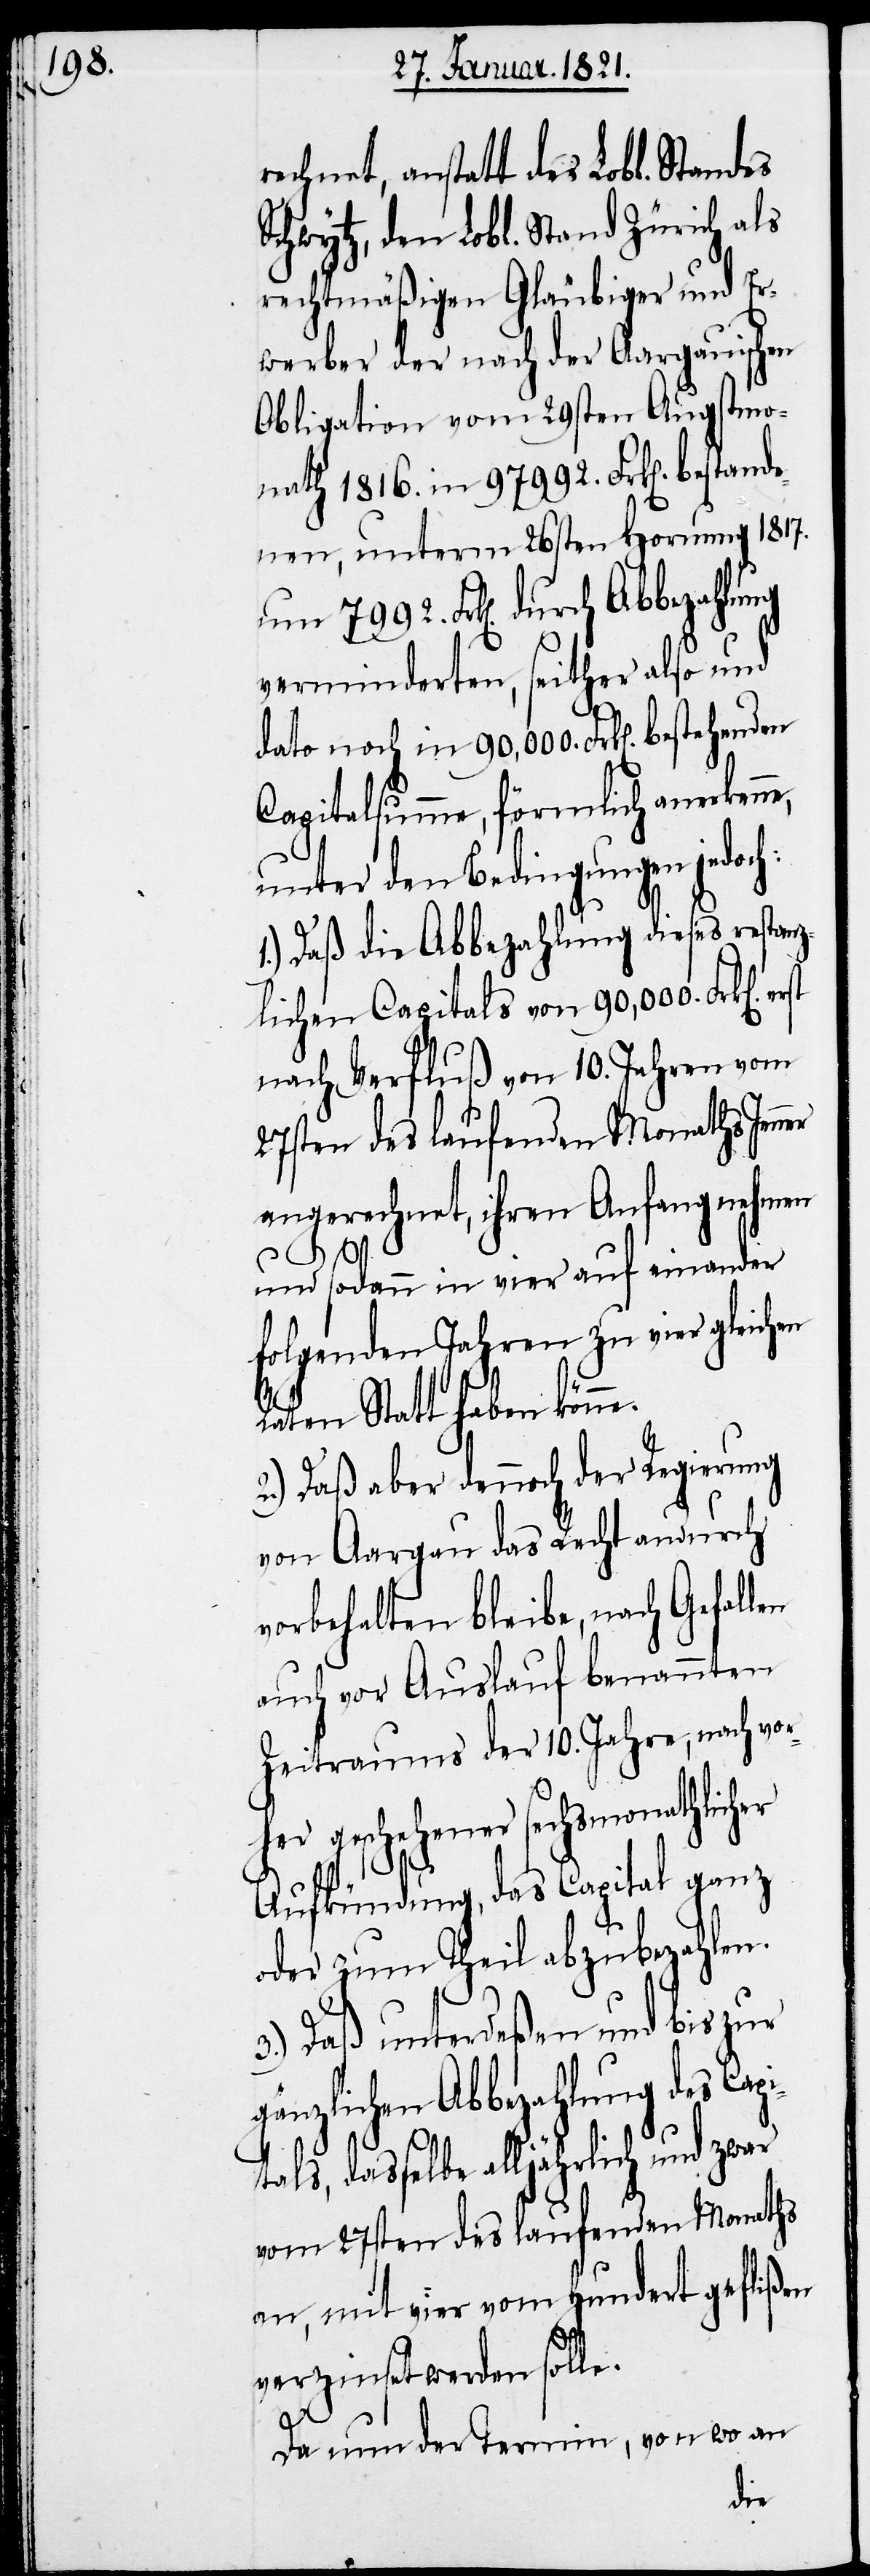
her
rechnet, anstatt des Lobl. Standes
Schwytz, den Lobl. Stand Zürich als
rechtmäßigen Gläubiger und Er¬
werber der nach der Aargauischen
Obligation vom 29sten Augstmo¬
nath 1816. in 97 992. Frk[en]. bestande¬
nen, unterm 26sten Hornung 1817.
um 7992. Frk[en]. durch Abbezahlung
verminderten, seither also und
dato noch in 90,000. Frk[en]. bestehen¬
Capitalsumme, förmlich anerken¬
unter den Bedingungen jedoch:
1.) Daß die Abbezahlung dieses restanz¬
lichen Capitals von 90,000. Frk[en].
nach Verfluß von 10. Jahren
angerechnet, ihren Anfang nehmen
und sodann in vier auf einander
folgenden Jahren zu vier gleichen
Raten Statt haben kön¬
2.) Daß aber dennoch der Regierung
von Aargau das Recht andurch
vorbehalten bleibe, nach Gefallen
auch vor Auslauf benannten
Zeitraums der 10. Jahre, nach vor¬
her geschehener sechsmonathlic¬
Aufkündung, das Capital ganz
oder zum Theil abzubezahlen.
3.) Daß unterdeßen und bis zur
gänzlichen Abbezahlung des Cap¬
itals, dasselbe alljährlich und zwar
vom 27sten des laufenden Monaths
an, mit vier vom Hundert geflißen
verzinset werden solle.
Da nun der Termin, von wo an
den